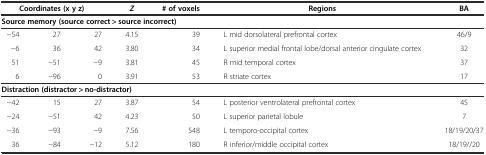
| <COLSPAN=3> Coordinates (x y z) | Z | # of voxels | Regions | BA |
 | --- | --- | --- | --- | --- | --- | --- |
 | <COLSPAN=7> Source memory (source correct > source incorrect) |
 | −54 | 27 | 27 | 4.15 | 39 | L mid dorsolateral prefrontal cortex | 46/9 |
 | −6 | 36 | 42 | 3.80 | 34 | L superior medial frontal lobe/dorsal anterior cingulate cortex | 32 |
 | 51 | −51 | −9 | 3.81 | 45 | R mid temporal cortex | 37 |
 | 6 | −96 | 0 | 3.91 | 53 | R striate cortex | 17 |
 | <COLSPAN=7> Distraction (distractor > no-distractor) |
 | −42 | 15 | 27 | 3.87 | 54 | L posterior ventrolateral prefrontal cortex | 45 |
 | −24 | −51 | 42 | 4.23 | 50 | L superior parietal lobule | 7 |
 | −36 | −93 | −9 | 7.56 | 548 | L temporo-occipital cortex | 18/19/20/37 |
 | 36 | −84 | −12 | 5.12 | 180 | R inferior/middle occipital cortex | 18/19//20 |